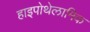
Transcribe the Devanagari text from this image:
हाइपोथेलामिक